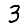
Digit: 3